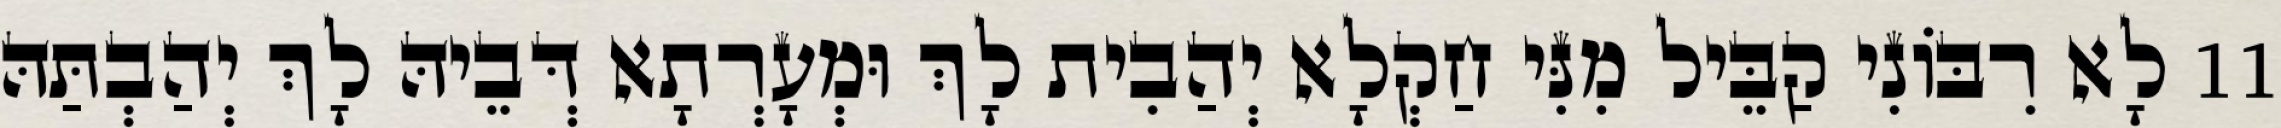
11 לָא רִבּוֹנִי קַבֵּיל מִנִּי חַקְלָא יְהַבִית לָךְ וּמְעָרְתָא דְּבֵיהּ לָךְ יְהַבְתַּהּ